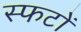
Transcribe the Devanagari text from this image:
स्फटों